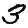
Digit: 3